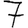
Digit: 7